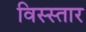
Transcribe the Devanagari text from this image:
विस्स्तार